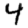
Digit: 4